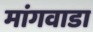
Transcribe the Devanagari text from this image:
मांगवाडा